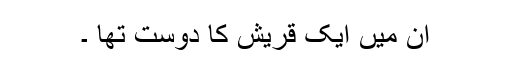
ان میں ایک قریش کا دوست تھا ۔